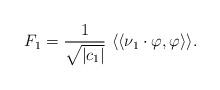
LaTeX: \begin{align*}F_1= \frac{1}{\sqrt{|c_1|}}\ \langle\langle \nu_1 \cdot \varphi , \varphi \rangle\rangle.\end{align*}